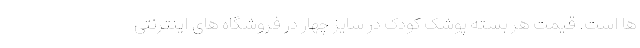
ها است. قیمت هر بسته پوشک کودک در سایز چهار در فروشگاه های اینترنتی